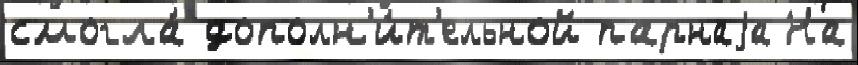
смогла́ дополн'и́т'ельной парнаjа На